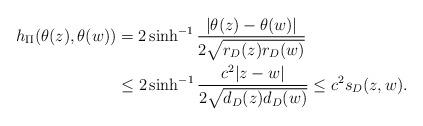
LaTeX: \begin{align*}h_\Pi(\theta(z),\theta(w))&=2\sinh^{-1}\frac{|\theta(z)-\theta(w)|}{2\sqrt{r_D(z)r_D(w)}}\\&\le2\sinh^{-1}\frac{c^2|z-w|}{2\sqrt{d_D(z)d_D(w)}}\le c^2s_D(z,w).\end{align*}